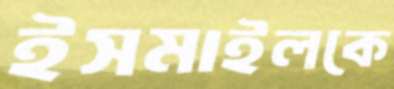
ইসমাইলকে